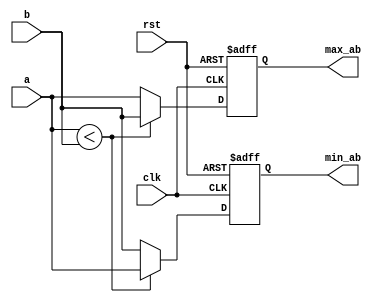
module min_max_signed (clk,rst,a,b,min_ab,max_ab);

parameter WIDTH = 8;

input clk,rst;
input signed [WIDTH-1:0] a;
input signed [WIDTH-1:0] b;
output signed [WIDTH-1:0] min_ab;
output signed [WIDTH-1:0] max_ab;

reg signed [WIDTH-1:0] min_ab;
reg signed [WIDTH-1:0] max_ab;

always @(posedge clk or posedge rst) begin
	if (rst) begin
		min_ab <= 0;
		max_ab <= 0;
	end
	else begin
		if (a<b) begin
			min_ab <= a;
			max_ab <= b;
		end else begin
			min_ab <= b;
			max_ab <= a;
		end		
	end
end

endmodule